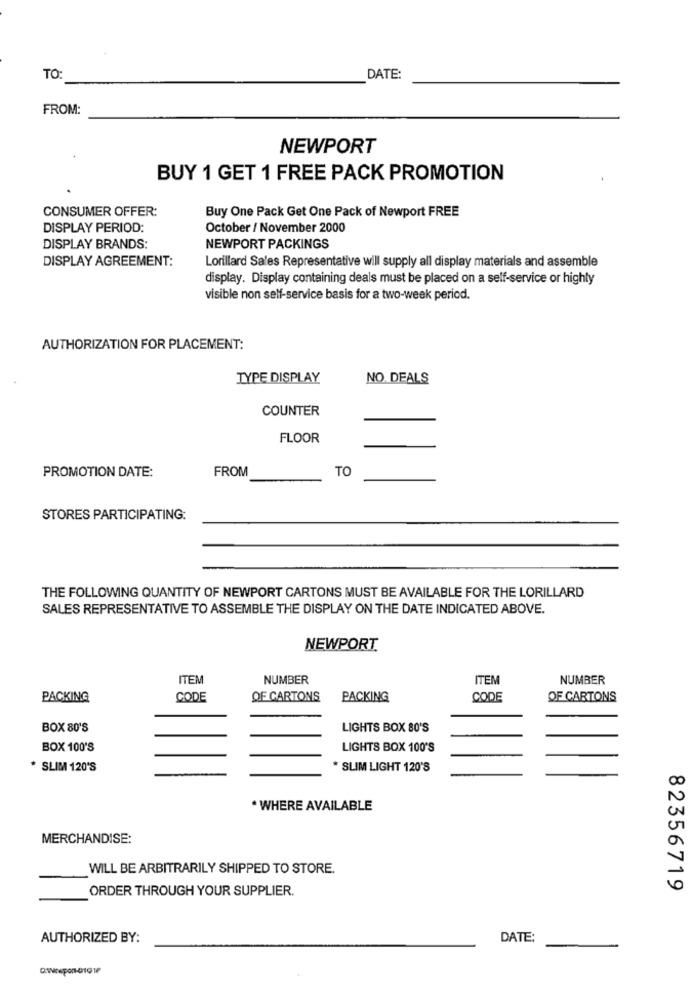
TO:
DATE:
FROM:
NEWPORT
BUY 1 GET 1 FREE PACK PROMOTION
CONSUMER OFFER:
Buy One Pack Get One Pack of Newport FREE
DISPLAY PERIOD:
October / November 2000
DISPLAY BRANDS:
NEWPORT PACKINGS
DISPLAY AGREEMENT:
Lorillard Sales Representative will supply all display materials and assemble
display. Display containing deals must be placed on a self-service or highly
visible non self-service basis for a two-week period.
AUTHORIZATION FOR PLACEMENT:
TYPE DISPLAY
NO. DEALS
COUNTER
FLOOR
PROMOTION DATE:
FROM
TO
STORES PARTICIPATING:
THE FOLLOWING QUANTITY OF NEWPORT CARTONS MUST BE AVAILABLE FOR THE LORILLARD
SALES REPRESENTATIVE TO ASSEMBLE THE DISPLAY ON THE DATE INDICATED ABOVE.
NEWPORT
ITEM
NUMBER
ITEM
NUMBER
PACKING
CODE
OF CARTONS
PACKING
CODE
OF CARTONS
BOX 80'S
LIGHTS BOX 80'S
BOX 100'S
LIGHTS BOX 100'S
* SLIM 120'S
* SLIM LIGHT 120'S
* WHERE AVAILABLE
MERCHANDISE:
WILL BE ARBITRARILY SHIPPED TO STORE.
ORDER THROUGH YOUR SUPPLIER.
82356719
AUTHORIZED BY:
DATE: